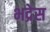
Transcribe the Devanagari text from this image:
भद्रेस